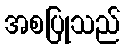
အစပြုသည်